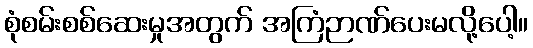
စုံစမ်းစစ်ဆေးမှုအတွက် အကြံဉာဏ်ပေးမလို့ပေါ့။